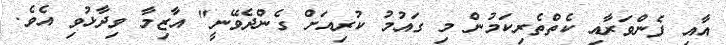
އާއި ފެންވަރާއި ކެތްތެރިކަމުން މި ގައުމު ކުރިއަށް ގެންދެވޭނީ" އާޒިމާ ވިދާޅުވި އެވެ.